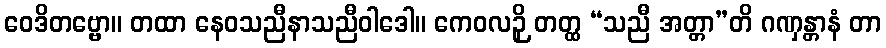
ဝေဒိတဗ္ဗော။ တထာ နေဝသညီနာသညီဝါဒေါ။ ကေဝလဉှိ တတ္ထ “သညီ အတ္တာ”တိ ဂဏှန္တာနံ တာ